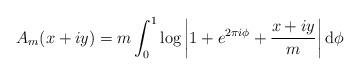
LaTeX: \begin{align*} A_m(x+iy)= m \int_0^1 \log \left| 1 + e^{ 2 \pi i \phi} + \frac{x + iy}{m} \right| \mathrm{d} \phi\end{align*}